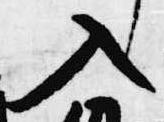
入